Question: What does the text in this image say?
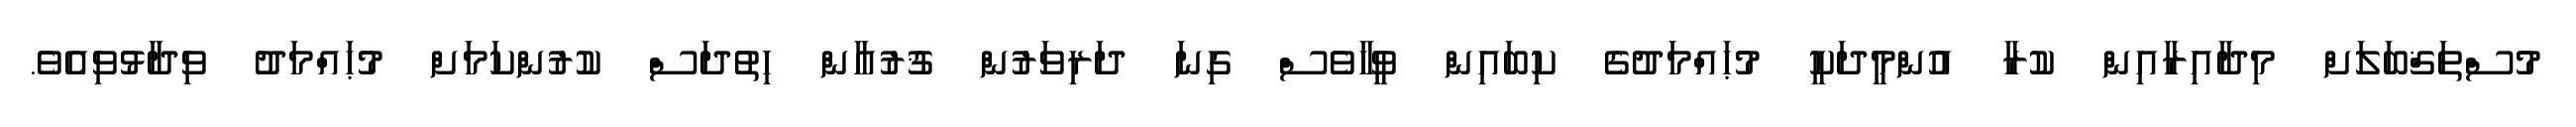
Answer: މުސްތަޤްބަލަށް މިދާއިރާއިން ކުރާ އުންމީދަކީ މުޙައްމަދުގެ ކިބައިން ވީހާވެސް ގިނަ ދަރިވަރުން ޤުރުއާން ހިތުދަސް ކުރުންކަމަށް މުޙައްމަދު ވިދާޅުވިއެވެ.